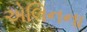
એલિનના